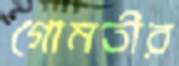
গোমতীর